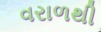
વરાળથી